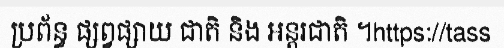
ប្រព័ន្ធ ផ្សព្វផ្សាយ ជាតិ និង អន្តរជាតិ ។https://tass